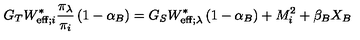
G _ { T } W _ { \mathrm { e f f } ; i } ^ { \ast } \frac { \pi _ { \lambda } } { \pi _ { i } } \left( 1 - \alpha _ { B } \right) = G _ { S } W _ { \mathrm { e f f } ; \lambda } ^ { \ast } \left( 1 - \alpha _ { B } \right) + M _ { i } ^ { 2 } + \beta _ { B } X _ { B }